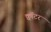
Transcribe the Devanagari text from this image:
क्वॉटर